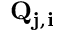
\mathbf { Q _ { j , i } }